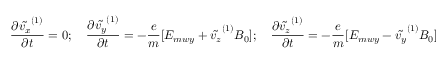
\frac { \partial \tilde { v _ { x } } ^ { ( 1 ) } } { \partial t } = 0 ; \quad \frac { \partial \tilde { v _ { y } } ^ { ( 1 ) } } { \partial t } = - \frac { e } { m } [ E _ { m w y } + \tilde { v _ { z } } ^ { ( 1 ) } B _ { 0 } ] ; \quad \frac { \partial \tilde { v _ { z } } ^ { ( 1 ) } } { \partial t } = - \frac { e } { m } [ E _ { m w y } - \tilde { v _ { y } } ^ { ( 1 ) } B _ { 0 } ]